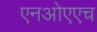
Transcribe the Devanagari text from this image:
एनओएएच